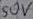
Text: 50V